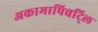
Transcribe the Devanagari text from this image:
अकामापिचट्लि